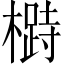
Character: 𱤡